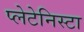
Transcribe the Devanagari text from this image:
प्‍लेटेनिस्‍टा